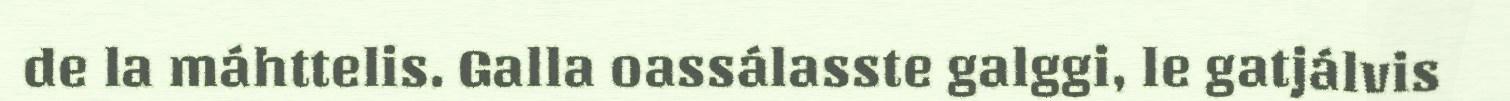
de la máhttelis. Galla oassálasste galggi, le gatjálvis